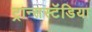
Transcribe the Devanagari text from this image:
ट्रान्सस्टॅडिया